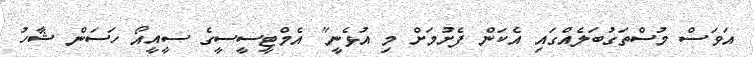
އަވަސް މުސްތަގުބަލެއްގައި އެކަން ފެށުމަށް މި އުޅެނީ" އެމްޓީސީސީގެ ސީއީއޯ ހަސަން ޝާހު